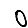
Digit: 0